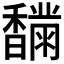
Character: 𩡟